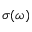
\sigma ( \omega )